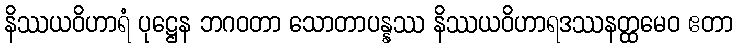
နိဿယဝိဟာရံ ပုဋ္ဌေန ဘဂဝတာ သောတာပန္နဿ နိဿယဝိဟာရဒဿနတ္ထမေဝ ဧတာ